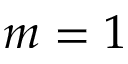
m = 1